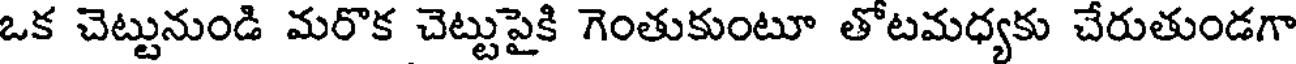
ఒక చెట్టునుండి మరొక చెట్టుపైకి గెంతుకుంటూ తోటమధ్యకు చేరుతుండగా